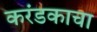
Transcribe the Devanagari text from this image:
करंडकाचा